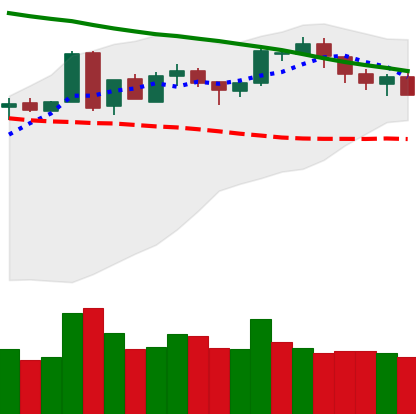
Ticker: BTC-USD
Chart end date: 2018-05-10
Forward return: -5.9%
Label: down_5_7